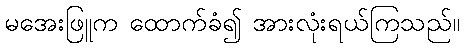
မအေးဖြူက ထောက်ခံ၍ အားလုံးရယ်ကြသည်။